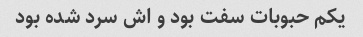
یکم حبوبات سفت بود و اش سرد شده بود